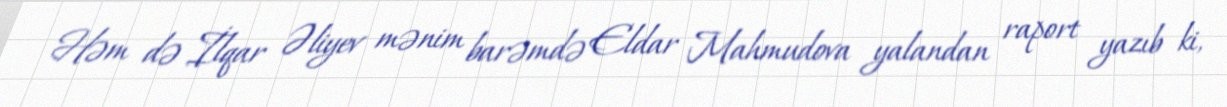
Həm də İlqar Əliyev mənim barəmdə Eldar Mahmudova yalandan raport yazıb ki,